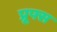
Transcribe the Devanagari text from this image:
प्रूफ्स